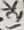
Text: 12K